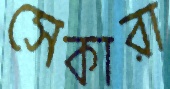
সেকারা